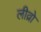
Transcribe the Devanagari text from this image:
लीव्रो